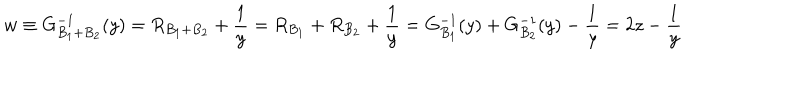
LaTeX: w \equiv G _ { B _ { 1 } + B _ { 2 } } ^ { - 1 } ( y ) = R _ { B _ { 1 } + B _ { 2 } } + \frac { 1 } { y } = R _ { B _ { 1 } } + R _ { B _ { 2 } } + \frac { 1 } { y } = G _ { B _ { 1 } } ^ { - 1 } ( y ) + G _ { B _ { 2 } } ^ { - 1 } ( y ) - \frac { 1 } { y } = 2 z - \frac { 1 } { y }